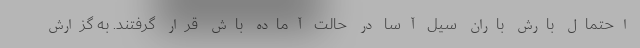
احتمال بارش باران سیل آسا در حالت آماده باش قرار گرفتند. به گزارش